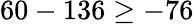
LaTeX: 60-136\geq-76